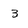
Character: 3